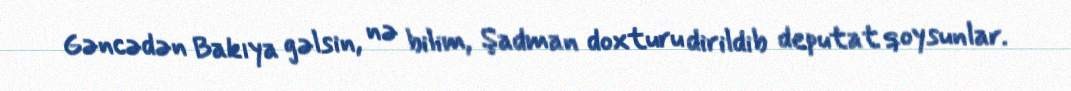
Gəncədən Bakıya gəlsin, nə bilim, Şadman doxturu dirildib deputat qoysunlar.